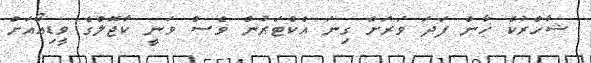
ޝާހްރުކް ޚާން ފަދަ ވަރަށް ގިނަ އެކްޓަރުން ވެސް ވަނީ ކާޖޮލްގެ ވީޑިއޯއަށް